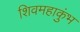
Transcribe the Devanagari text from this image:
शिवमहाकुंभ